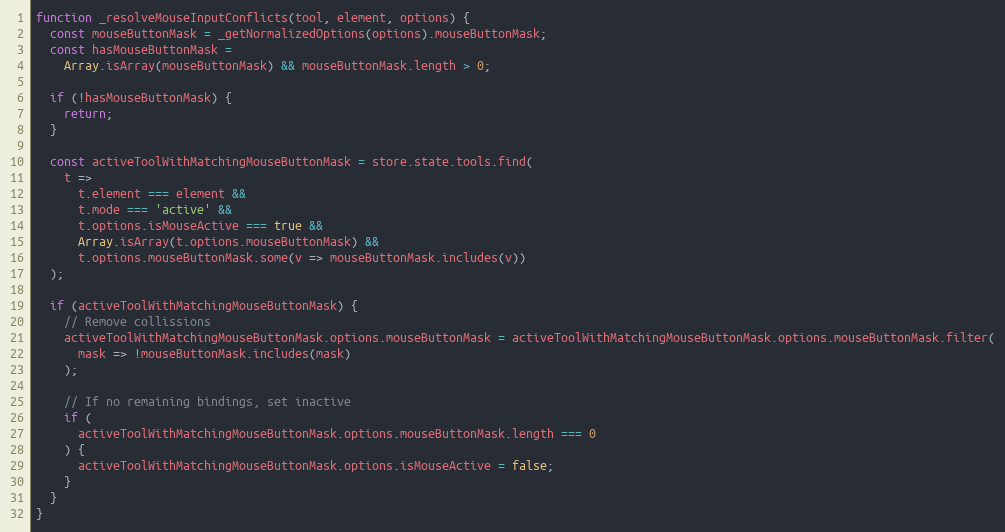
Language: JavaScript
function _resolveMouseInputConflicts(tool, element, options) {
  const mouseButtonMask = _getNormalizedOptions(options).mouseButtonMask;
  const hasMouseButtonMask =
    Array.isArray(mouseButtonMask) && mouseButtonMask.length > 0;

  if (!hasMouseButtonMask) {
    return;
  }

  const activeToolWithMatchingMouseButtonMask = store.state.tools.find(
    t =>
      t.element === element &&
      t.mode === 'active' &&
      t.options.isMouseActive === true &&
      Array.isArray(t.options.mouseButtonMask) &&
      t.options.mouseButtonMask.some(v => mouseButtonMask.includes(v))
  );

  if (activeToolWithMatchingMouseButtonMask) {
    // Remove collissions
    activeToolWithMatchingMouseButtonMask.options.mouseButtonMask = activeToolWithMatchingMouseButtonMask.options.mouseButtonMask.filter(
      mask => !mouseButtonMask.includes(mask)
    );

    // If no remaining bindings, set inactive
    if (
      activeToolWithMatchingMouseButtonMask.options.mouseButtonMask.length === 0
    ) {
      activeToolWithMatchingMouseButtonMask.options.isMouseActive = false;
    }
  }
}